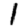
Digit: 1